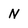
Character: N